Leprosy in India: report of the Leprosy Commission in India, 1890-91
Year: 1890
Disease focus: Leprosy
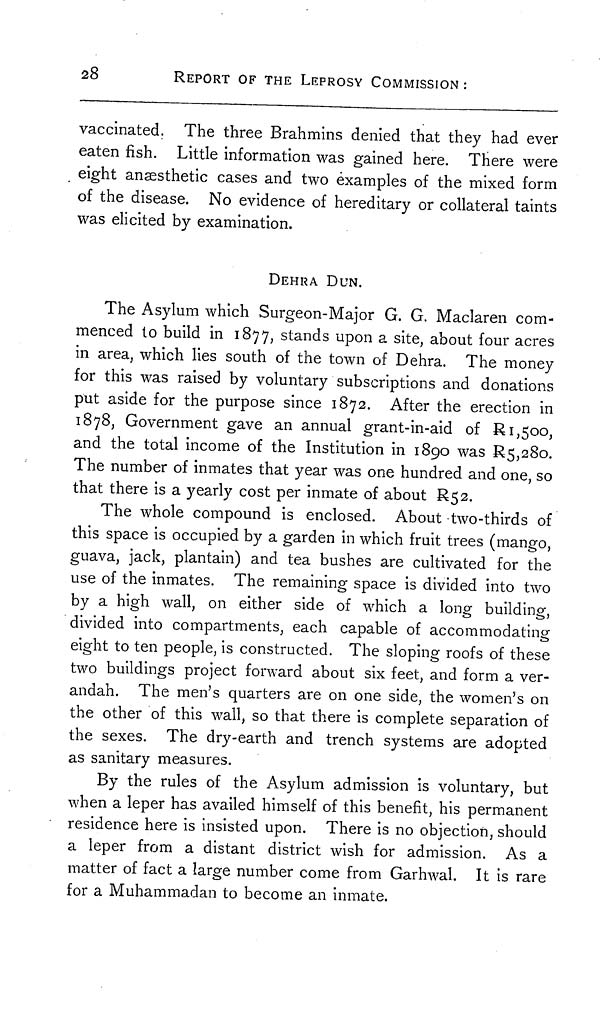
28
REPORT OF THE LEPROSY COMMISSION :
vaccinated. The three Brahmins denied that they had ever
eaten fish. Little information was gained here. There were
eight anaesthetic cases and two examples of the mixed form
of the disease. No evidence of hereditary or collateral taints
was elicited by examination.
DEHRA DUN.
The Asylum which Surgeon-Major G. G. Maclaren com-
menced to build in 1877, stands upon a site, about four acres
in area, which lies south of the town of Dehra. The money
for this was raised by voluntary subscriptions and donations
put aside for the purpose since 1872. After the erection in
1878, Government gave an annual grant-in-aid of R 1,500,
and the total income of the Institution in 1890 was R5,28o.
The number of inmates that year was one hundred and one, so
that there is a yearly cost per inmate of about R52.
The whole compound is enclosed. About two-thirds of
this space is occupied by a garden in which fruit trees (mango,
guava, jack, plantain) and tea bushes are cultivated for the
use of the inmates. The remaining space is divided into two
by a high wall, on either side of which a long building,
divided into compartments, each capable of accommodating
eight to ten people, is constructed. The sloping roofs of these
two buildings project forward about six feet, and form a ver-
andah. The men's quarters are on one side, the women's on
the other of this wall, so that there is complete separation of
the sexes. The dry-earth and trench systems are adopted
as sanitary measures.
By the rules of the Asylum admission is voluntary, but
when a leper has availed himself of this benefit, his permanent
residence here is insisted upon. There is no objection, should
a leper from a distant district wish for admission. As a
matter of fact a large number come from Garhwal. It is rare
for a Muhammadan to become an inmate.